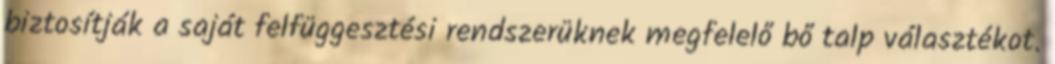
biztosítják a saját felfüggesztési rendszerüknek megfelelő bő talp választékot.